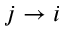
j \to i